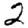
Digit: 2